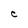
Character: C